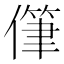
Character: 𰂯